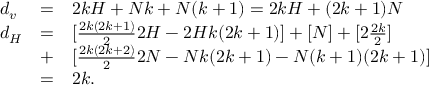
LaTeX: \begin{array} { l l l } { { d _ { v } } } & { { = } } & { { 2 k H + N k + N ( k + 1 ) = 2 k H + ( 2 k + 1 ) N } } \\ { { d _ { H } } } & { { = } } & { { [ \frac { 2 k ( 2 k + 1 ) } { 2 } 2 H - 2 H k ( 2 k + 1 ) ] + [ N ] + [ 2 \frac { 2 k } { 2 } ] } } \\ { { } } & { { + } } & { { [ \frac { 2 k ( 2 k + 2 ) } { 2 } 2 N - N k ( 2 k + 1 ) - N ( k + 1 ) ( 2 k + 1 ) ] } } \\ { { } } & { { = } } & { { 2 k . } } \end{array}